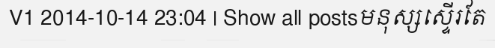
V1 2014-10-14 23:04 | Show all postsមនុស្សស្ទើរតែ